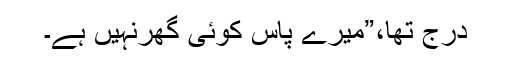
درج تھا،”میرے پاس کوئی گھرنہیں ہے۔